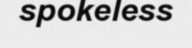
spokeless